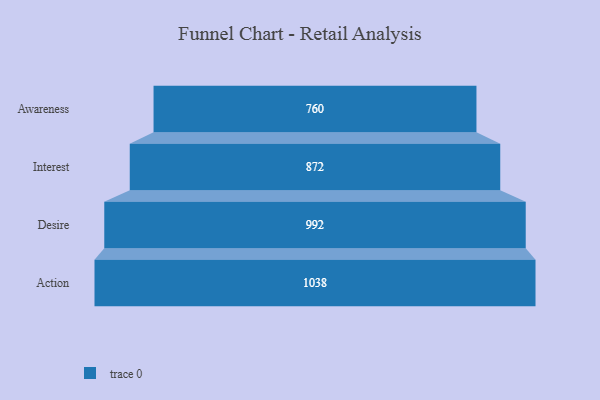
{"axis": {"x": "Stage", "y": "Value"}, "legend": [""], "data": [{"x": "Awareness", "y": 760.0, "type": ""}, {"x": "Interest", "y": 872.0, "type": ""}, {"x": "Desire", "y": 992.0, "type": ""}, {"x": "Action", "y": 1038.0, "type": ""}]}